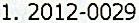
1. 2012-0029